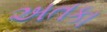
અતકા